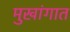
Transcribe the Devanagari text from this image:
मुखांगात